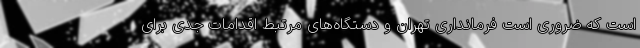
است که ضروری است فرمانداری تهران و دستگاه‌های مرتبط اقدامات جدی برای